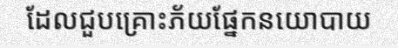
ដែលជួបគ្រោះភ័យផ្នែកនយោបាយ